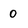
Character: 0